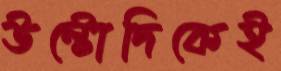
উল্টোদিকেই